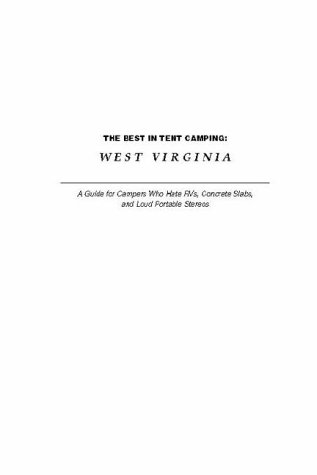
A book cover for West Virginia: A Guide for Campers Who Hate RVs Concrete Slabs and Loud Portable Stereos; Johnny Molloy; Travel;